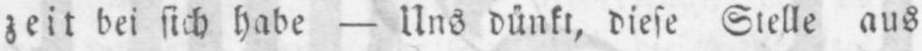
zeit bei sich habe - Uns dünkt, diese Stelle aus